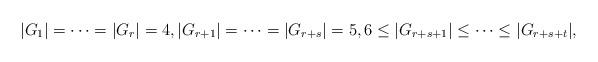
LaTeX: \begin{align*}|G_1|= \cdots=|G_r|=4, |G_{r+1}|=\cdots= |G_{r+s}| =5, 6\le |G_{r+s+1}|\le\cdots\le |G_{r+s+t}|,\end{align*}